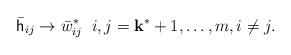
LaTeX: \begin{align*} \bar{\mathsf h}_{ij}\rightarrow \bar{w}^*_{ij}\; \; i,j=\mathbf k^*+1,\ldots,m, i \ne j. \end{align*}